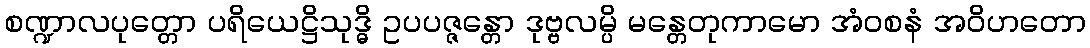
စဏ္ဍာလပုတ္တော ပရိယေဋ္ဌိသုဒ္ဓိ ဥပပဇ္ဇန္တော ဒုဗ္ဗလမ္ပိ မန္တေတုကာမော အံဝစနံ အဝိဟတော